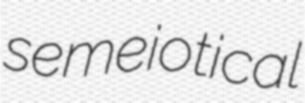
semeiotical